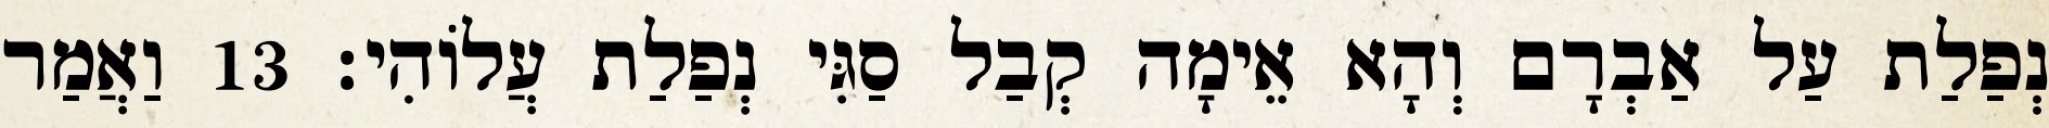
נְפַלַת עַל אַבְרָם וְהָא אֵימָה קְבַל סַגִּי נְפַלַת עֲלוֹהִי׃ 13 וַאֲמַר